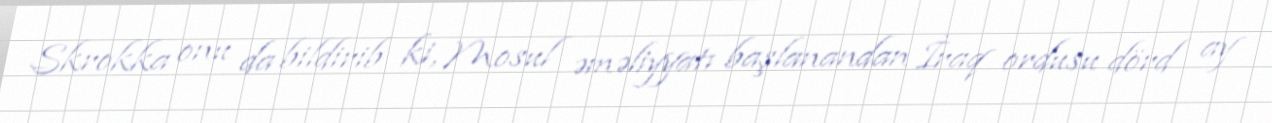
Skrokka onu da bildirib ki, Mosul əməliyyatı başlanandan İraq ordusu dörd ay